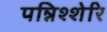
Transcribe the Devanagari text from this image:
पन्निश्शेरि